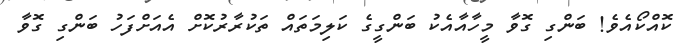
ކޮއްކޯއެވެ! ބަންގި ގޮވާ މީހާއާއެކު ބަންގީގެ ކަލިމަތައް ތަކުރާރުކޮށް އެއަށްފަހު ބަންގި ގޮވާ